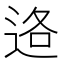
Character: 𮞑